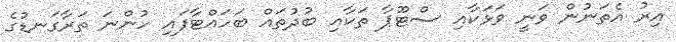
އިރު އެތަނުން ވަނީ ވަޅަކާއި ސްޓޫޕާ ތަކާއި ބުދުތައް ބަހައްޓާފައި ހުންނަ ތަރާގަނޑުގެ